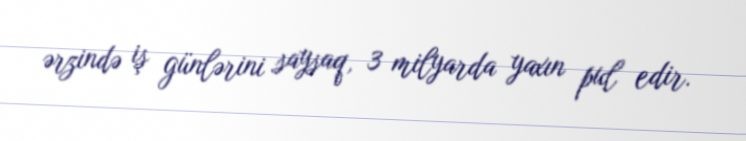
ərzində iş günlərini saysaq, 3 milyarda yaxın pul edir.